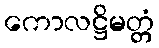
ကောလဋ္ဌိမတ္တံ